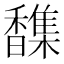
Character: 𫘂